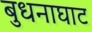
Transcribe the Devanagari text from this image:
बुधनाघाट